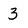
Character: 3